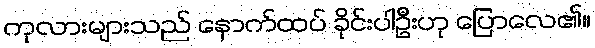
ကုလားများသည် နောက်ထပ် ခိုင်းပါဦးဟု ပြောလေ၏။